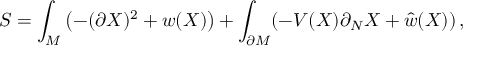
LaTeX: S = \int _ { \cal M } \left( - ( \partial X ) ^ { 2 } + w ( X ) \right) + \int _ { \partial { \cal M } } ( - V ( X ) \partial _ { N } X + \hat { w } ( X ) ) \, ,